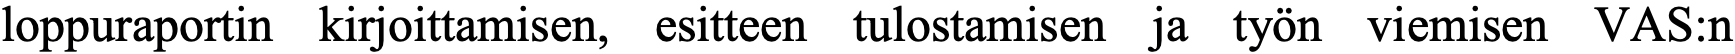
loppuraportin kirjoittamisen, esitteen tulostamisen ja työn viemisen VAS:n